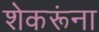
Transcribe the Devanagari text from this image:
शेकरूंना